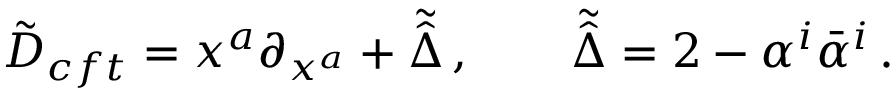
\tilde { D } _ { c f t } = x ^ { a } \partial _ { x ^ { a } } + \tilde { \hat { \Delta } } \, , \qquad \tilde { \hat { \Delta } } = 2 - \alpha ^ { i } \bar { \alpha } ^ { i } \, .